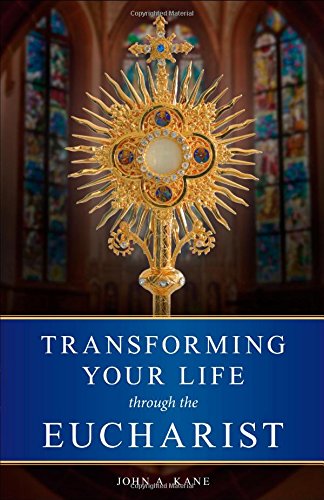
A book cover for Transforming Your Life Through the Eucharist; John A. Kane; Christian Books & Bibles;